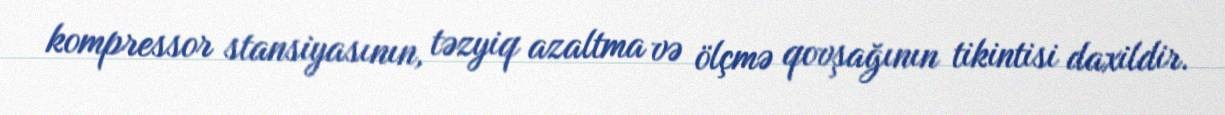
kompressor stansiyasının, təzyiq azaltma və ölçmə qovşağının tikintisi daxildir.